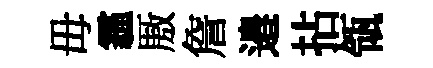
毋霾厫詹邉拈瓴